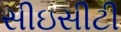
સીઇસીટી